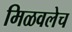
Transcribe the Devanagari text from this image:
मिळवलेच